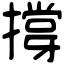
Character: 撐